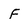
Character: f